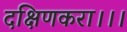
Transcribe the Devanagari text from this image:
दक्षिणकरा।।।